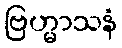
ဗြဟ္မာသနံ